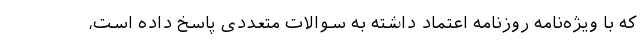
که با ویژه‌نامه روزنامه اعتماد داشته به سوالات متعددی پاسخ داده است،